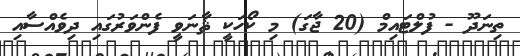
ތިނަދޫ - ފުލްޓައިމް (20 ޖާގަ) މި ކޯހަކީ ޘާނަވީ ފެންވަރުގައި ދިވެއްސާއި